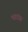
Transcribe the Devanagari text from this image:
भटट्या